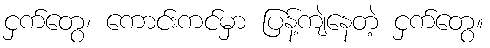
ငှက်တွေ၊ ကောင်းကင်မှာ ပြန့်ကျဲနေတဲ့ ငှက်တွေ။